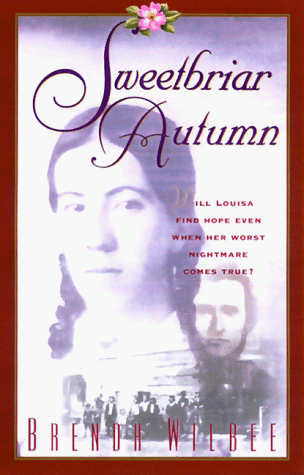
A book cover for Sweetbriar Autumn (Seattle Sweetbriar Series #5); Brenda Wilbee; Religion & Spirituality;